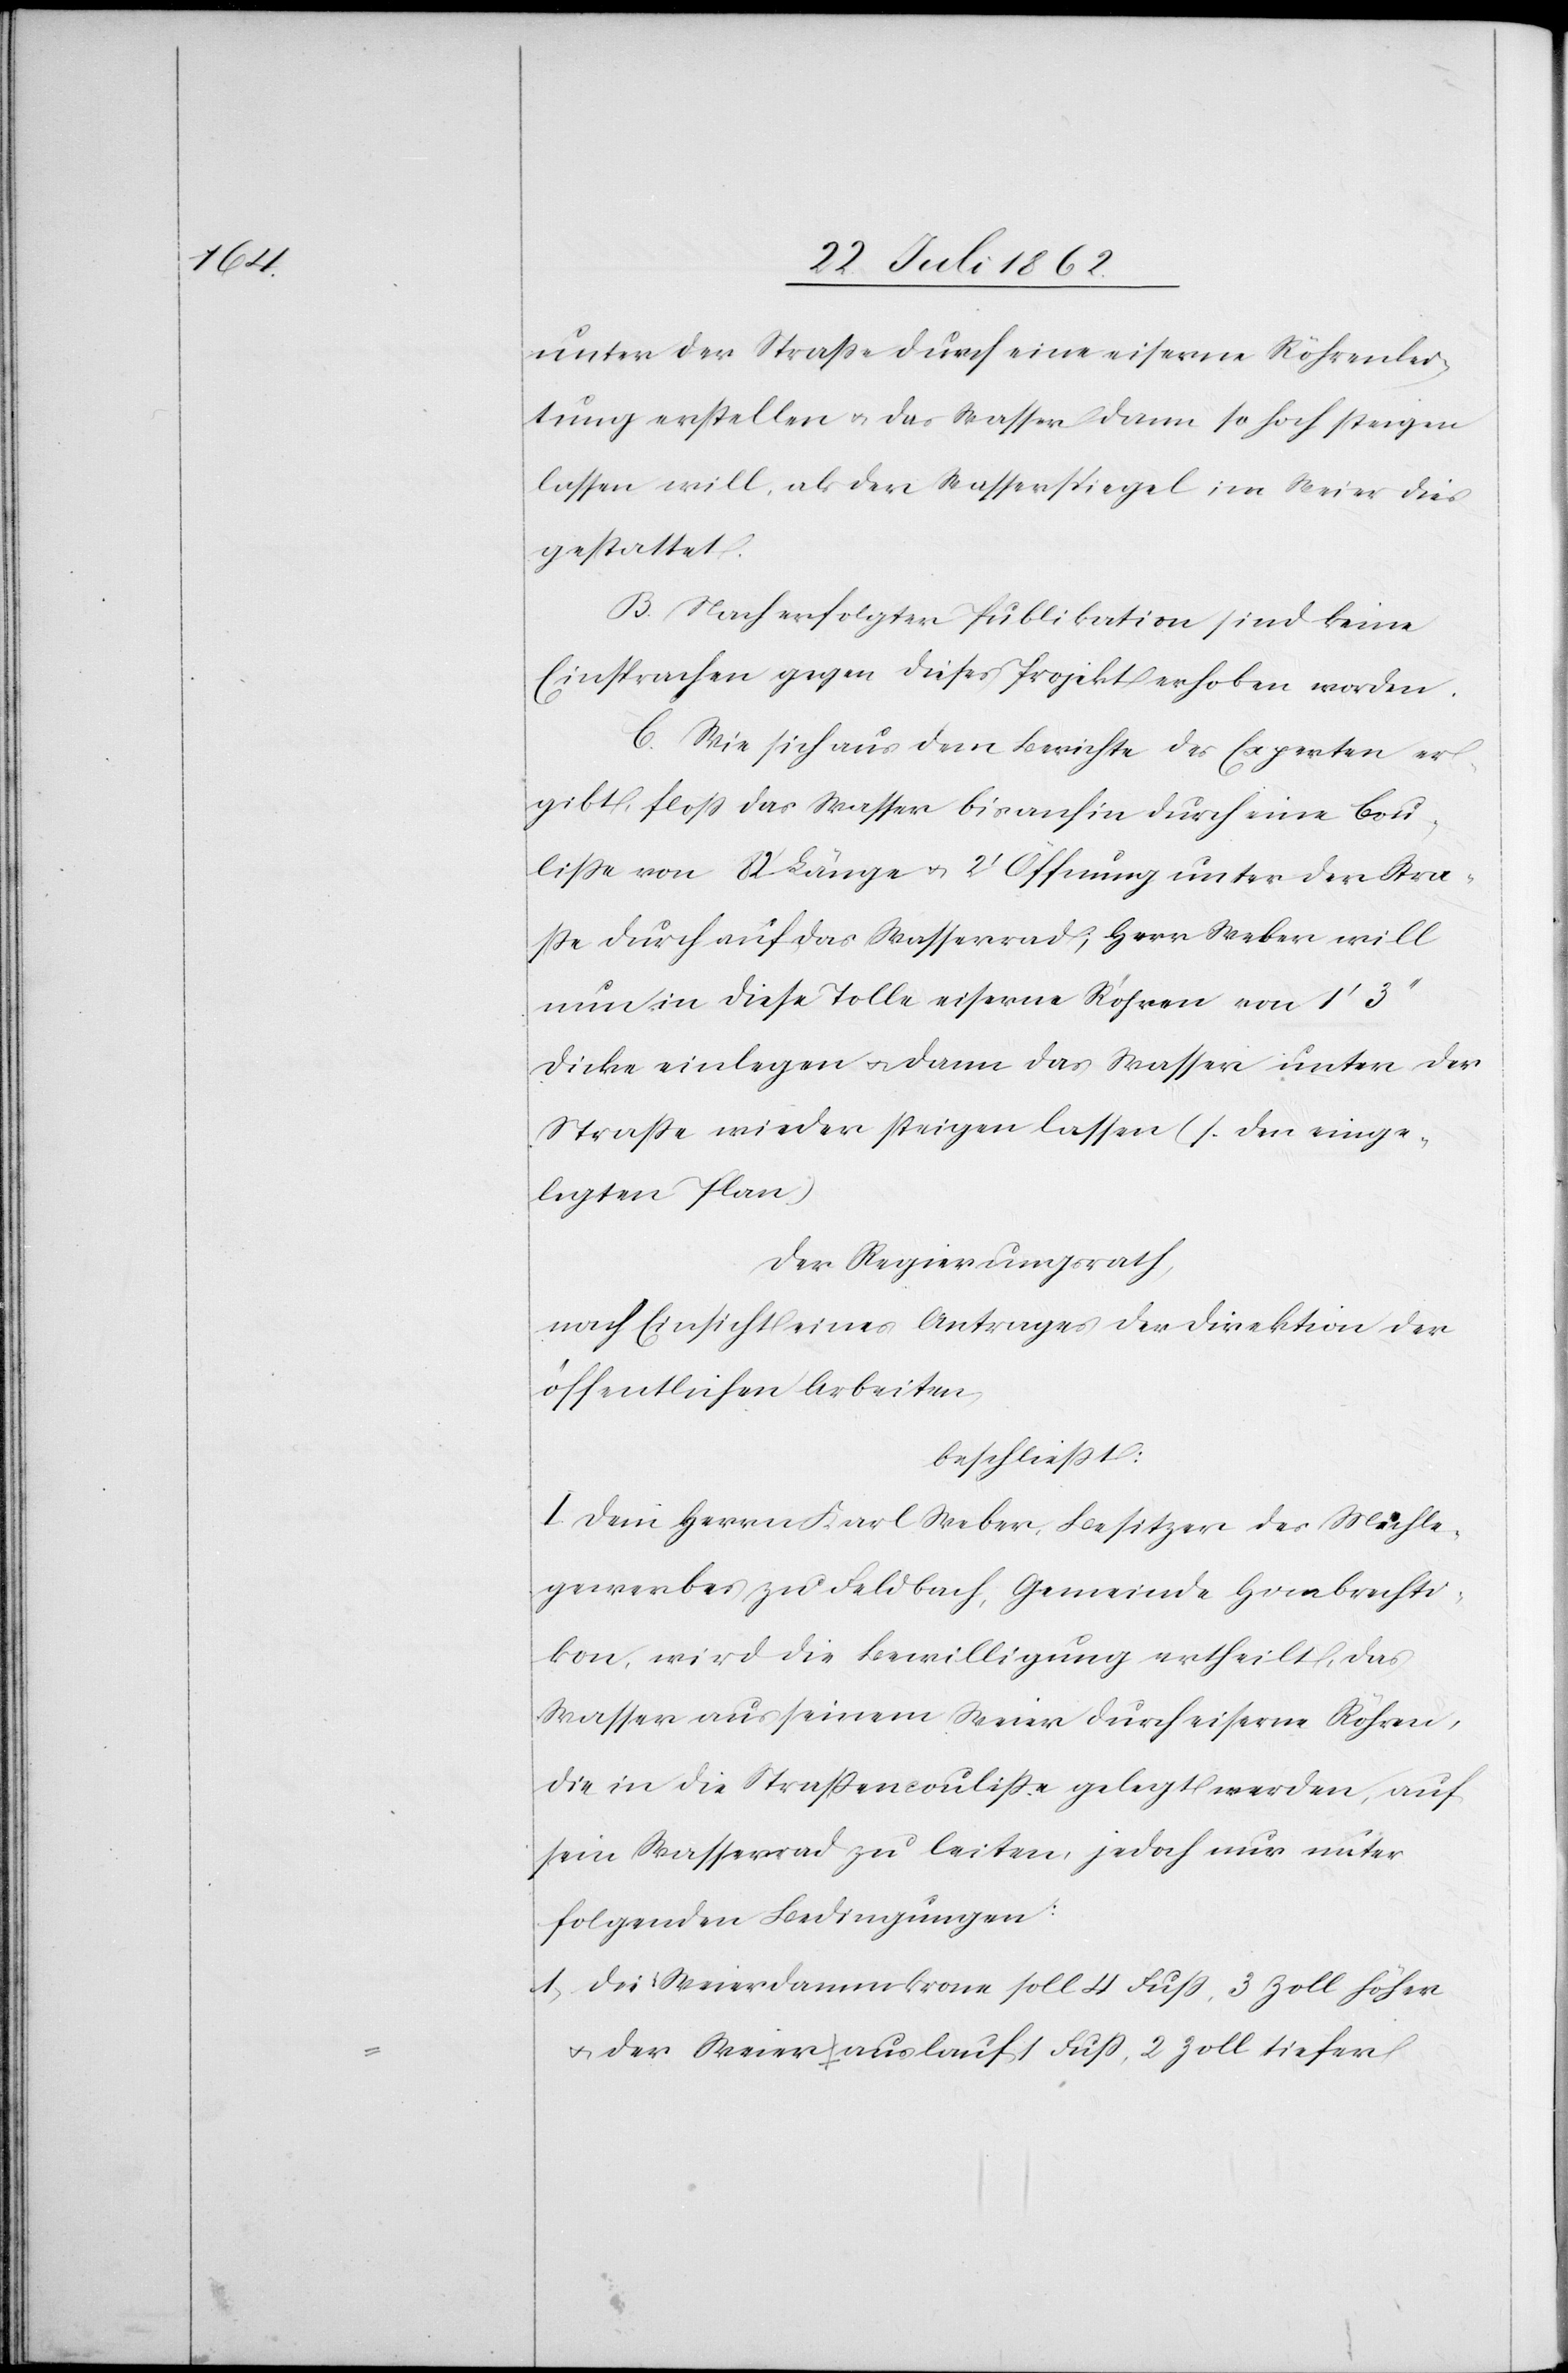
unter der Straße durch eine eiserne Röhrenlei¬
tung erstellen u. das Wasser dann so hoch steigen
lassen will als der Wasserspiegel im Weier dies
gestattet.
B. Nach erfolgter Publikation sind keine
Einsprachen gegen dieses Projekt erhoben worden.
C. Wie sich aus dem Berichte des Experten er¬
gibt, floß das Wasser bis anhin durch eine Cou¬
liße von 82’ Länge u. 2’ Öffnung unter der Stra¬
ße durch auf das Wasserrad, Herr Weber will
nun in diese Tolle eiserne Röhren von 1’
dicke einlegen u. dann das Wasser unter der
Straße wieder steigen lassen (s. den einge¬
legten Plan).
Der Regierungsrath,
nach Einsicht eines Antrages der Direktion der
öffentlichen Arbeiten,
beschließt:
I. Dem Herrn Karl Weber, Besitzer des Mühle¬
gewerbes zu Feldbach, Gemeinde Hombrechti¬
kon, wird die Bewilligung ertheilt, das
Wasser aus seinem Weier durch eiserne Röhren,
die in die Straßencouliße gelegt werden, auf
sein Wasserrad zu leiten, jedoch nur unter
folgenden Bedingungen:
1. Die Weierdammkrone soll 4 Fuß, 3 Zoll höher
u. der Weierauslauf 1 Fuß, 2 Zoll tiefer